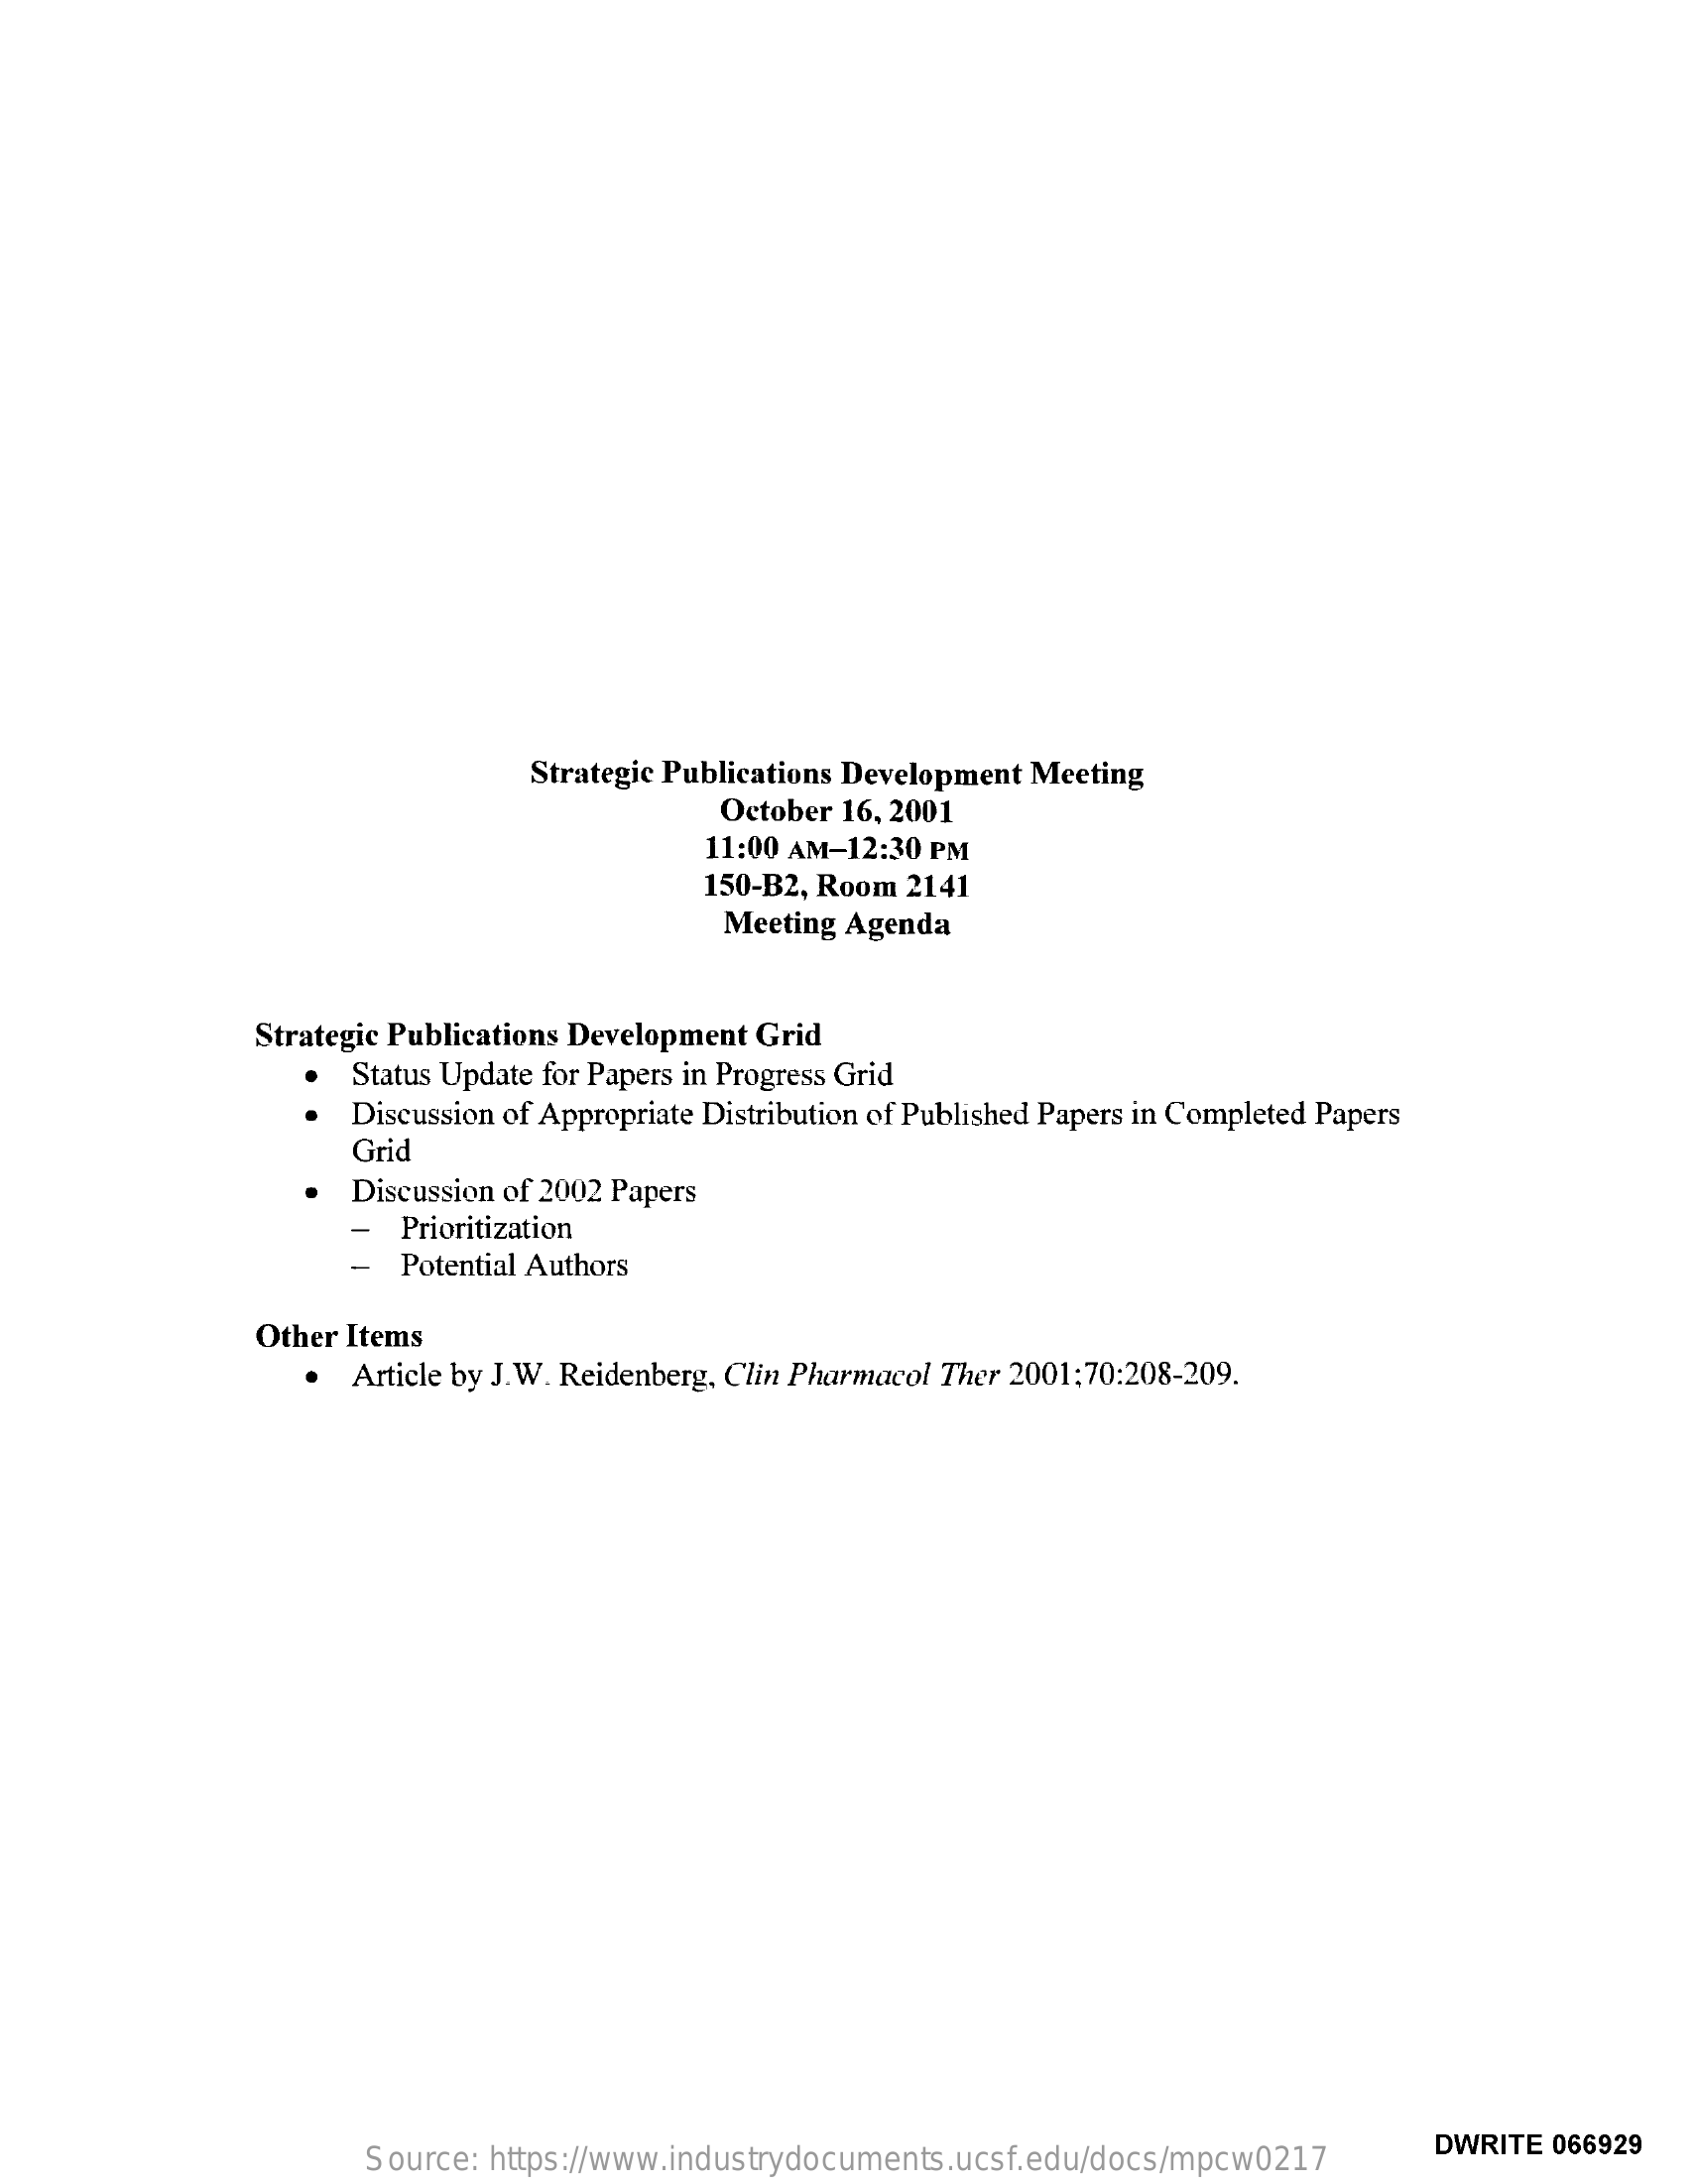
Strategic Publications Development Meeting
     October 16, 2001
     11:00 AM-12:30 PM
     150-B2, Room 2141
     Meeting Agenda
     Strategic Publications Development Grid
     Status Update for Papers in Progress Grid
     Discussion of Appropriate Distribution of Published Papers in Completed Papers
     Grid
     Discussion of 2002 Papers
     -  Prioritization
     Potential Authors
     Other Items
     Article by J.W. Reidenberg, Clin Pharmacol Ther 2001;70:208-209.
     Source:  https://www.industrydocuments.ucsf.edu/docs/mpcw0217
     DWRITE 066929